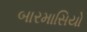
બારમાસિયો